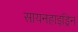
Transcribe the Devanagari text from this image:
सायनहाइड्रिन